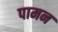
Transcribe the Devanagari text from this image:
पामन